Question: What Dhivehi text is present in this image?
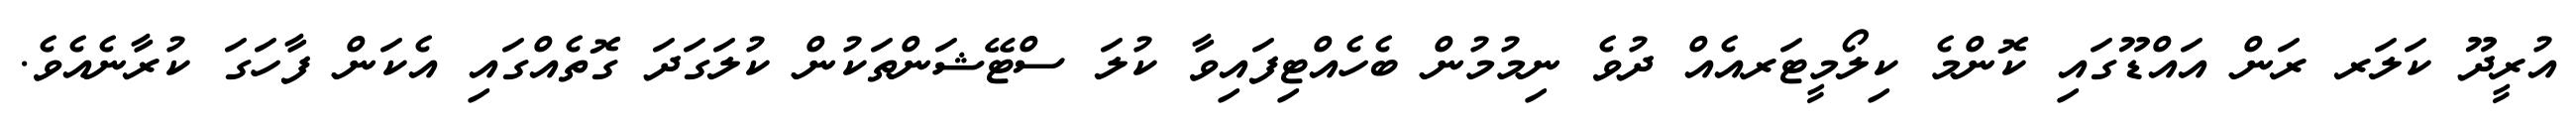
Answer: އުރީދޫ ކަލަރ ރަން އައްޑޫގައި ކޮންމެ ކިލޯމީޓަރއެއް ދުވެ ނިމުމުން ބެހެއްޓިފައިވާ ކުލަ ސްޓޭޝަންތަކުން ކުލަގަދަ ގޮތެއްގައި އެކަން ފާހަގަ ކުރާނެއެވެ.